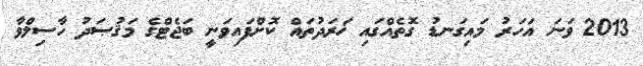
2013 ވަނަ އަހަރު މައިގަނޑު ގޮތެއްގައި ޚަރަދުތައް ކޮށްފައިވަނީ ބަޖެޓްގެ މަޤުޞަދު ހާސިލްވާ